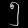
Digit: ၅